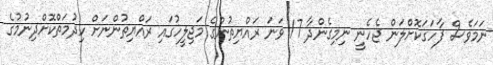
ނަމަވެސް ފާހަގަކޮށްލަން ޖެހެނީ ނިމިގެންދާ 17 ވަނަ ރައްޔިތުންގެ މަޖިލީހުގައި ރައްޔިތުންނަށް ހިދުމަތްކޮށްދިނުމުގެ